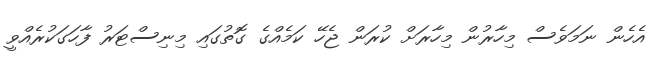
އެހެން ނަމަވެސް މިހާރުން މިހާރަށް ކުރަން ޖެހޭ ކަމެއްގެ ގޮތުގައި މިނިސްޓަރު ފާހަގަކުރެއްވީ